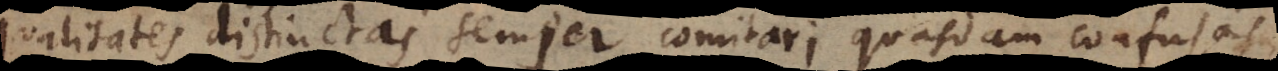
qualitates distinctas semper comitari quasdam confusas